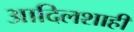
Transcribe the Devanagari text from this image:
आदिलशाही